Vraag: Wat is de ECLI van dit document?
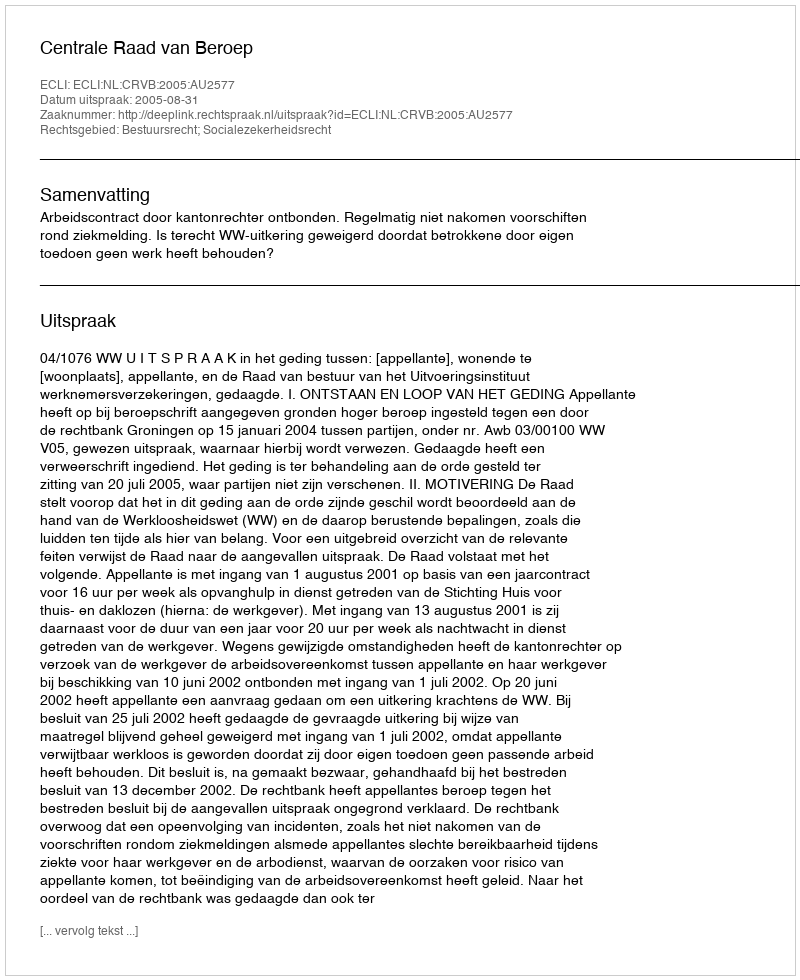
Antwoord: ECLI:NL:CRVB:2005:AU2577